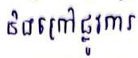
និងក្រៅផ្លូវការ